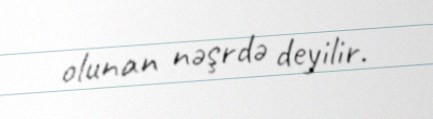
olunan nəşrdə deyilir.